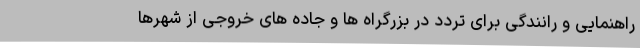
راهنمایی و رانندگی برای تردد در بزرگراه ها و جاده های خروجی از شهرها